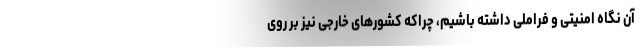
آن نگاه امنیتی و فراملی داشته باشیم، چراکه کشورهای خارجی نیز بر روی